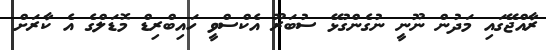
ރާއްޖޭގައި މަދުން ނޫނީ ނުގެންގުޅޭ ސުބަރޫ އެކްސްވީ ހައިބްރިޑް މޮޑަލްގެ އެ ކާރަށް